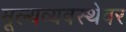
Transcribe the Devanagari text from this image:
मूल्यव्यवस्थेवर